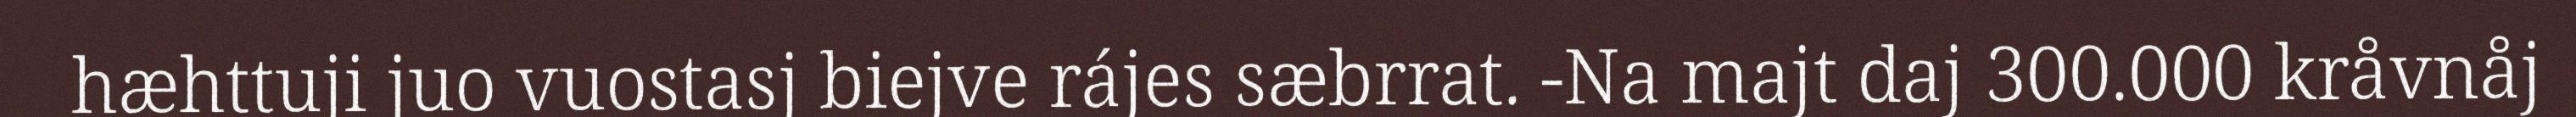
hæhttuji juo vuostasj biejve rájes sæbrrat. -Na majt daj 300.000 kråvnåj